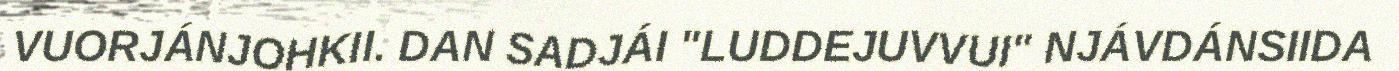
VUORJÁNJOHKII. DAN SADJÁI "LUDDEJUVVUI" NJÁVDÁNSIIDA